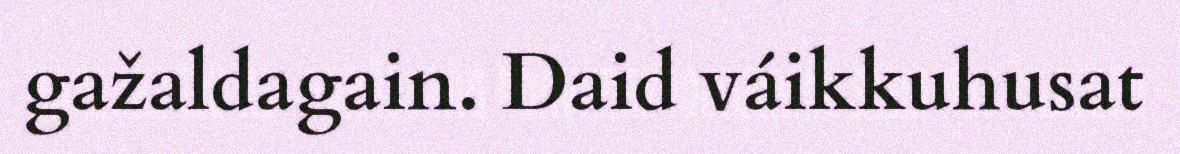
gažaldagain. Daid váikkuhusat